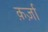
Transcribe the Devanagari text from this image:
क़र्ज़ा